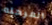
المرحله